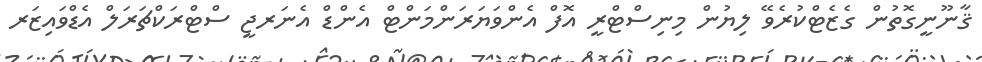
ޤާނޫނީގޮތުން ގެޒެޓްކުރެވޭ ލިޔުން މިނިސްޓްރީ އޮފް އެންވަޔަރަންމަންޓް އެންޑް އެނަރޖީ ސްޓްރަކްޗަރަލް އެޑްވައިޒަރ